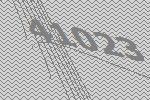
41023